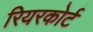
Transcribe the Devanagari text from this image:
रियरकोर्ट